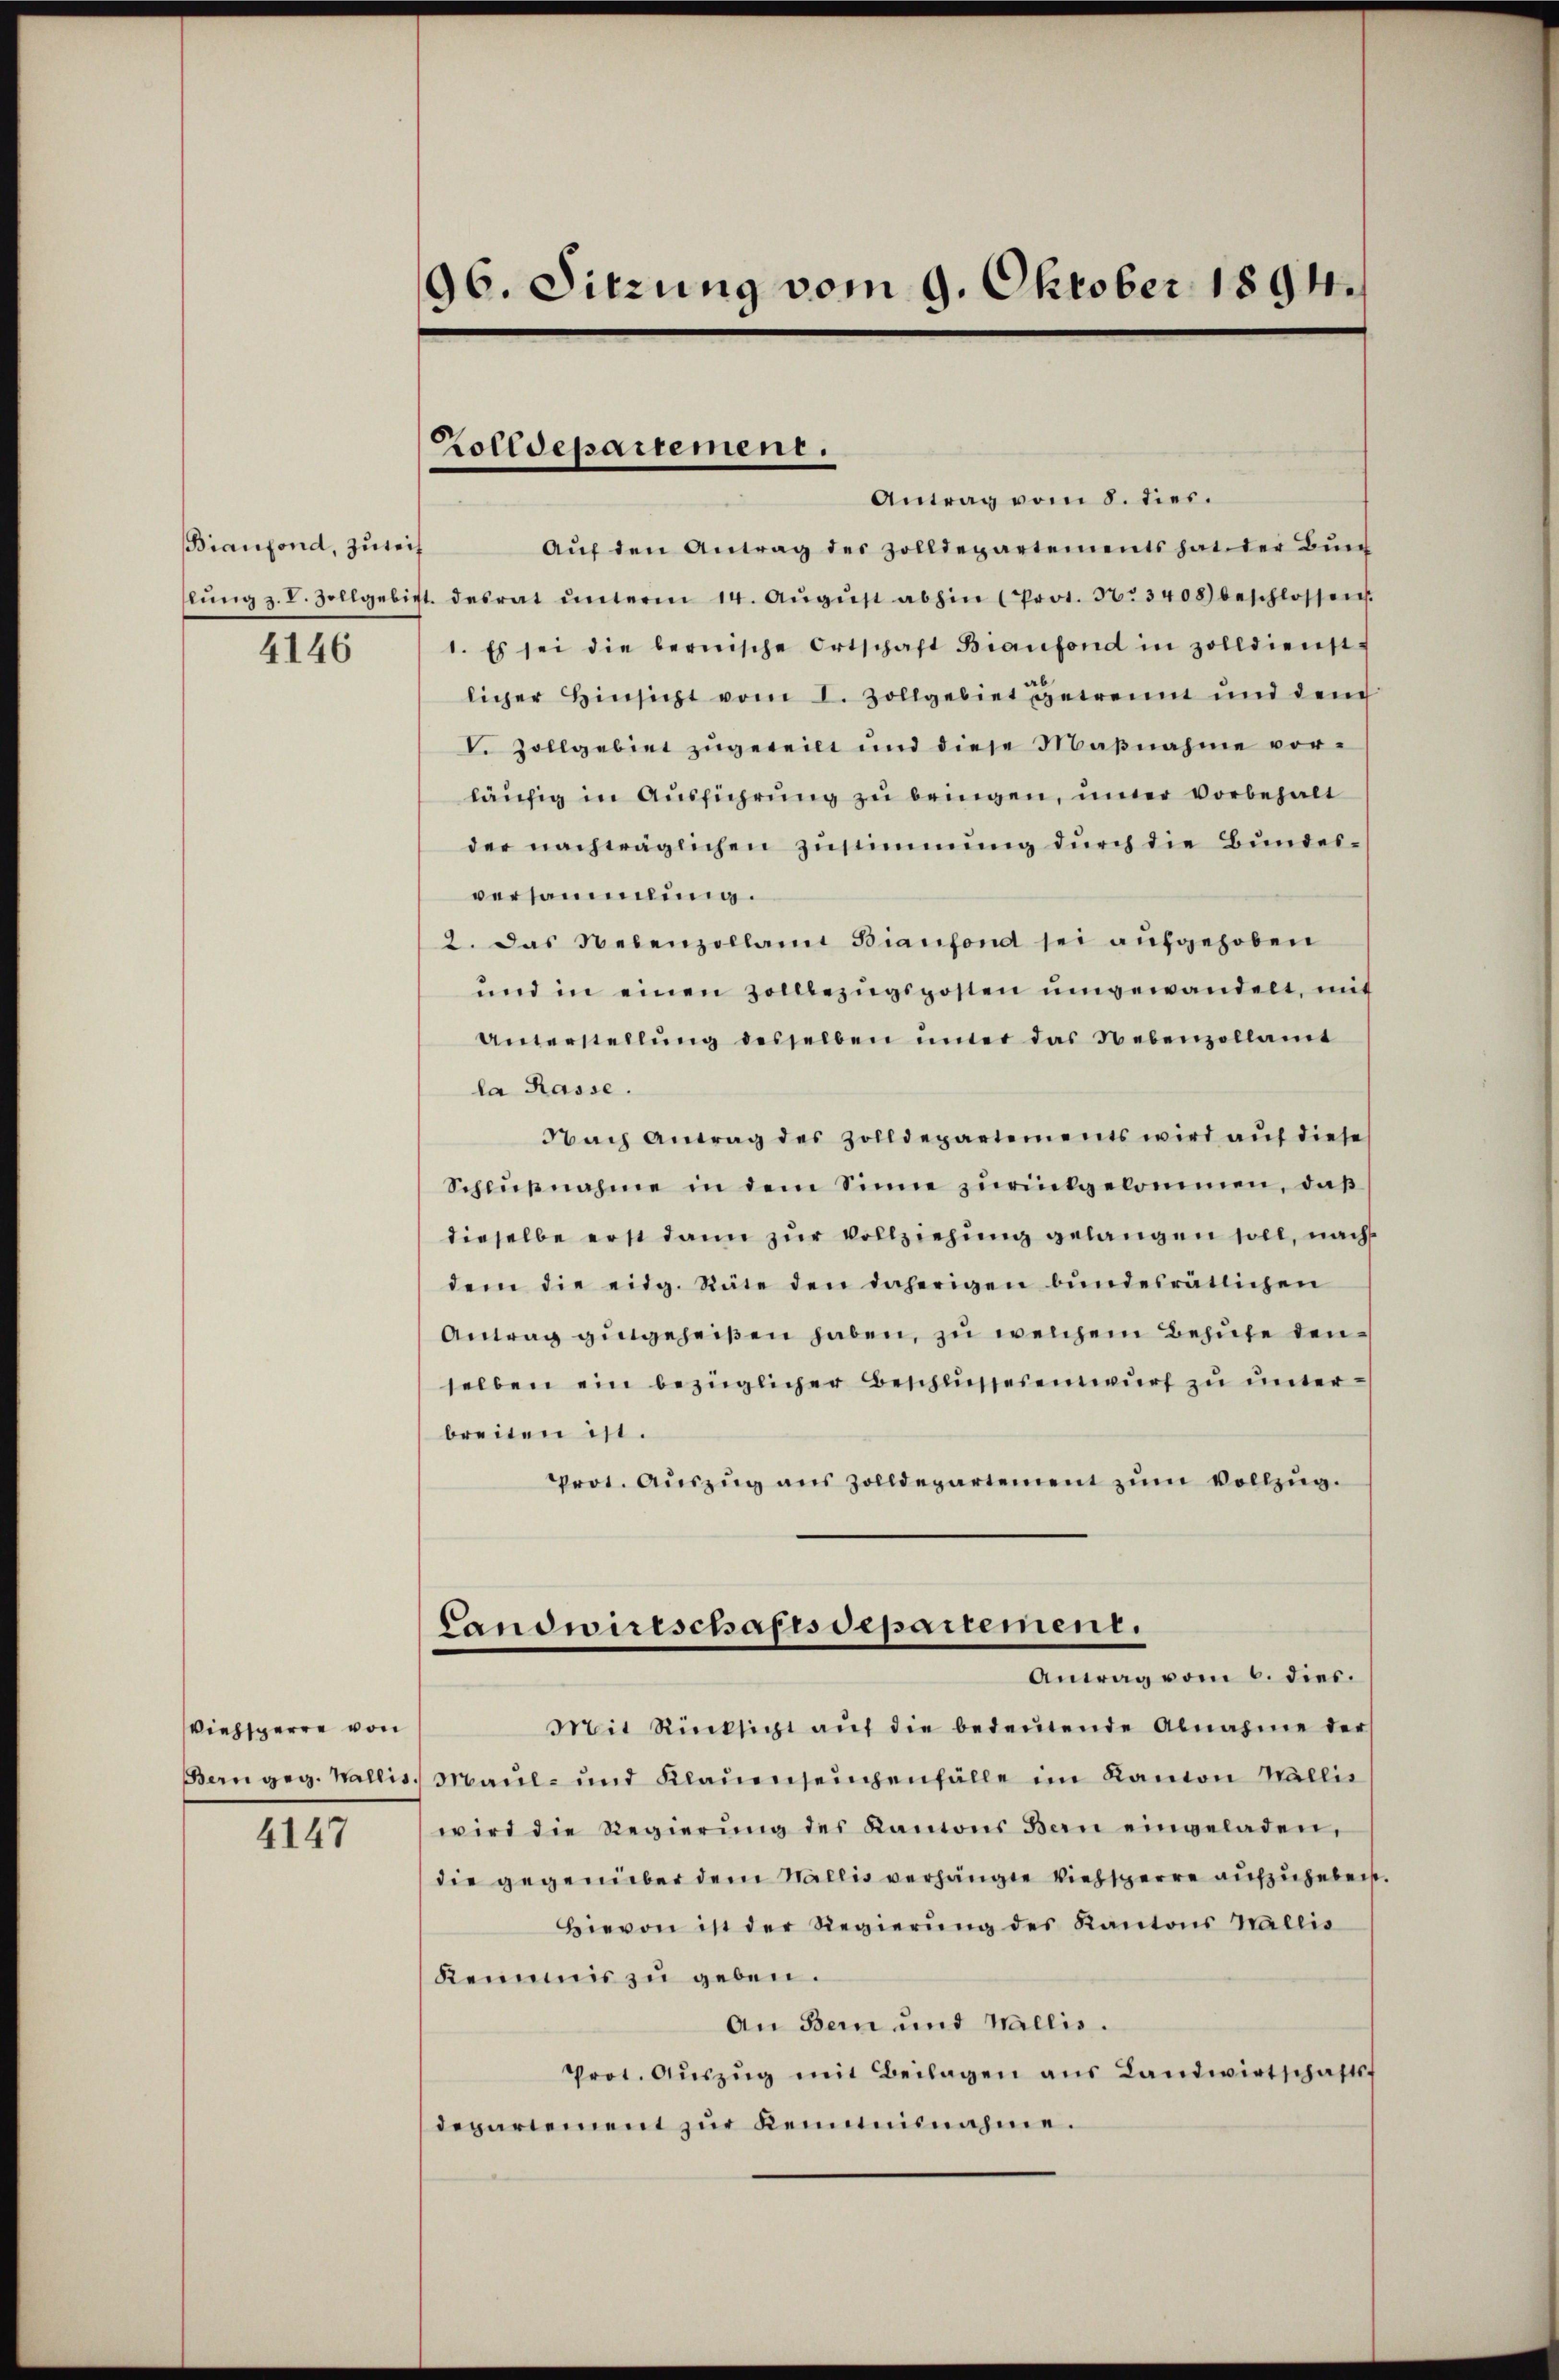
Bianfond, zuteif
4146

Viehsperre von
Bern geg. Wallis,

4147

96. Sitzung vom 9. Oktober 1894.

Zolldepartement.

Antrag vom 8. dies.
Aŭf den Antrag des Zolldepartements hat der Bŭn
lŭng z. B. Zollgebiet desrat ŭnterm 14. Aŭgŭst abhin (Prot. N. 3408) beschlossen.
1. Es sei die bernische Ortschaft Bianfond in zolldienst-
licher Hinsicht vom 2. Zollgebiet getrennt und dem
V. Zollgebiet zugeteilt und diese Maßnahme vorläufig in Ausführung zu bringen, unter vorbehalt
der nachträglichen Zustimmung durch die Bundesversammlung.
2. Das Nebenzollant Bianfond sei aufgehoben
und in einen Zollbezugsposten umgewandelt, mit
Unterstellŭng desselben ŭnter das Nebenzollamt
la Rasse.
Nach Antrag des Zolldepartements wird auf diese
Schlŭβnahme in dem Sinne zŭrückgekommen, daß
dieselbe erst dann zur Vollziehung gelangen soll, nach
dem die eidg. Räte den daherigen bundesrätlichen
Antrag gingeheißen haben, zu welchem Behufe den
selben ein bezüglicher Beschlussesentwurf zu unterbreiten ist.
prot. Auszug aus Zolldepartement zum Vollzug.
Landwirtschaftsdepartement.
Antag vom 6. dies.
Mit Rücksicht aŭf die bedeŭtende Abnahme der
Maul- und Klauenseinenfälle im Kanton Wallis
wird die Regierŭng des Kamions den eingeladen,
die gegenüber dem Wallis verhängte Viehsperre aufzuhebenst.
Hievon ist der Regierŭng des Kantons Wallis
Kemmnis zu geben.
An Bern und Wallis.
Prot. Aŭszŭg mit Beilagen ans Landwirtschafts-
depariement zŭr Kemnisnahme.